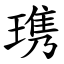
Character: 㻪